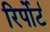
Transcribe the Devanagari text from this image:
रिर्पोर्ट